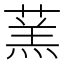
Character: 蓔